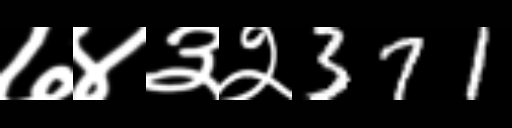
Text: ७४३२371